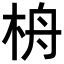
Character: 𣑮